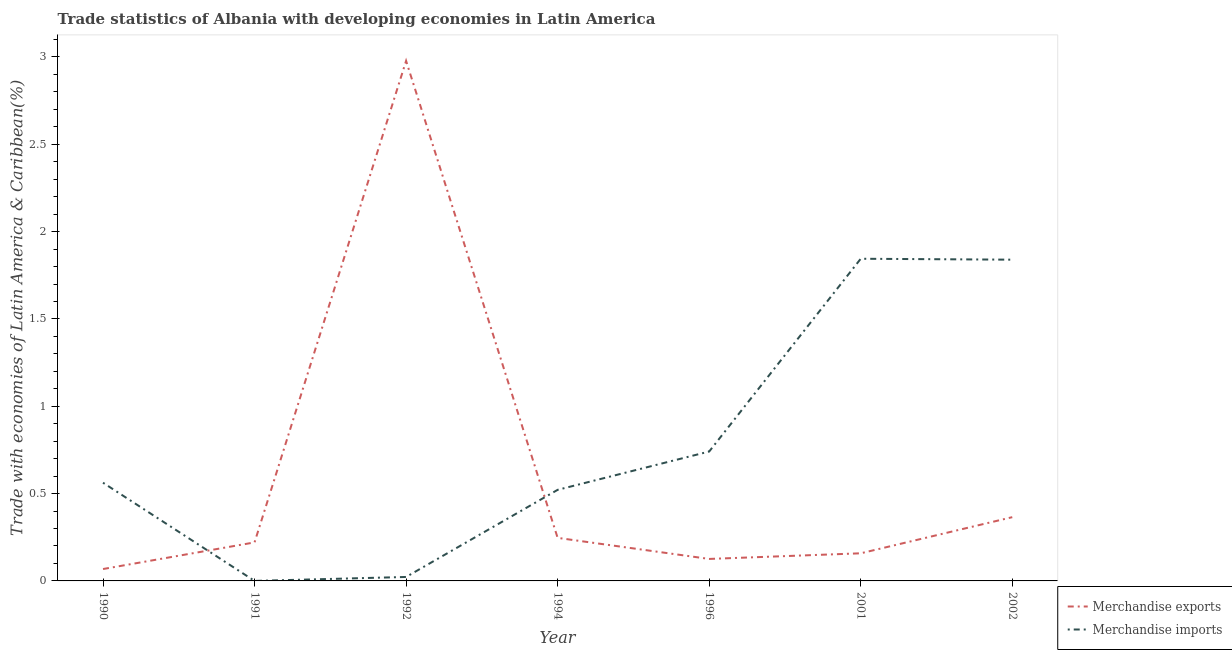
| Year | Merchandise exports | Merchandise imports |
 | --- | --- | --- |
 | 1990 | 0.0681 | 0.562 |
 | 1991 | 0.221 | 6.83e-05 |
 | 1992 | 2.98 | 0.0226 |
 | 1994 | 0.247 | 0.522 |
 | 1996 | 0.126 | 0.741 |
 | 2001 | 0.158 | 1.84 |
 | 2002 | 0.365 | 1.84 |